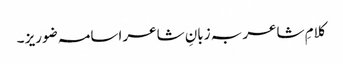
کلامِ شاعر بہ زبانِ شاعر اسامہ ضوریز ۔